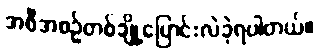
အစီအစဉ်တစ်ချို့ပြောင်းလဲခဲ့ရပါတယ်။